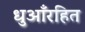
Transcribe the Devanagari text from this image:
धुआँरहित